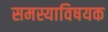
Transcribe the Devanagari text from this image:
समस्याविषयक